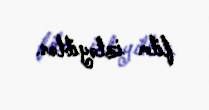
film izləyiblər.